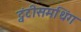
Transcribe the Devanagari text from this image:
ट्वंटीसमथिंग